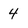
Character: 4